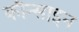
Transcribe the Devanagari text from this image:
कौन्साइन